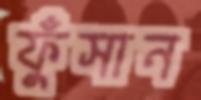
ফুঁসান